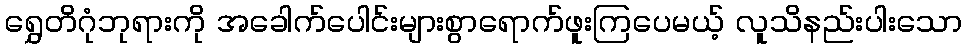
ရွှေတိဂုံဘုရားကို အခေါက်ပေါင်းများစွာရောက်ဖူးကြပေမယ့် လူသိနည်းပါးသော